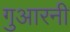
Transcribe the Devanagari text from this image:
गुआरनी